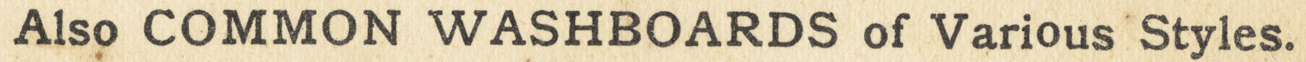
ALSO COMMON WASHBOARDS of Various Styles